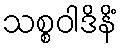
သစ္စဝါဒိနိံ